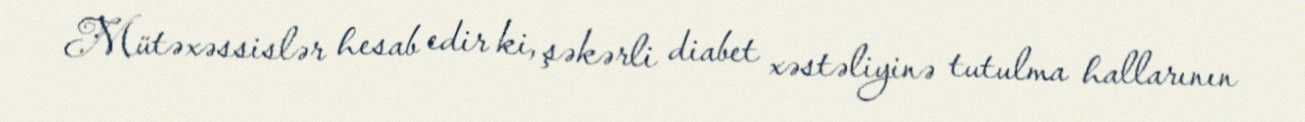
Mütəxəssislər hesab edir ki, şəkərli diabet xəstəliyinə tutulma hallarının